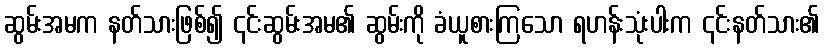
ဆွမ်းအမက နတ်သားဖြစ်၍ ၎င်းဆွမ်းအမ၏ ဆွမ်းကို ခံယူစားကြသော ရဟန်းသုံးပါးက ၎င်းနတ်သား၏